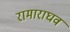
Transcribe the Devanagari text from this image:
रामाराघव